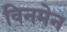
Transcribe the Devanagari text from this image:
विनमेन